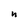
Character: n